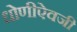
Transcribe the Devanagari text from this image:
धोणीऐवजी